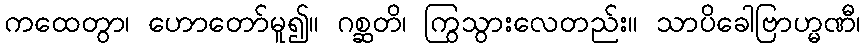
ကထေတွာ၊ ဟောတော်မူ၍။ ဂစ္ဆတိ၊ ကြွသွားလေတည်း။ သာပိခေါဗြာဟ္မဏီ၊